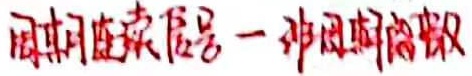
性质1 常数因子可提到积分号外面